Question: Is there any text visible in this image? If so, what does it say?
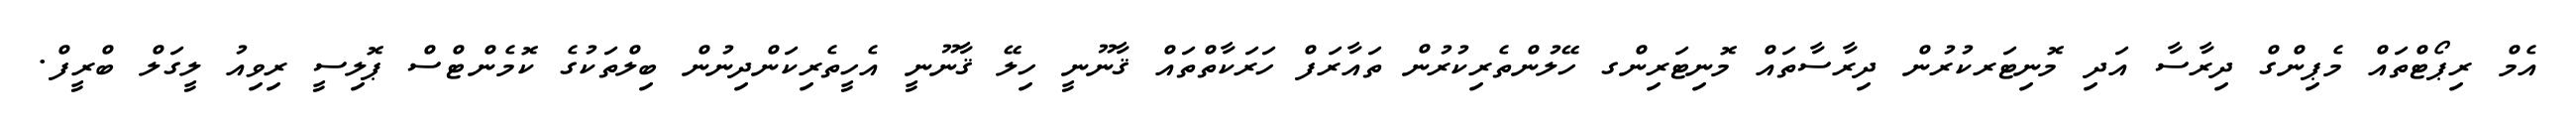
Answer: އެމް ރިޕޯޓްތައް މެޕިންގް ދިރާސާ އަދި މޮނިޓަރކުރުން ދިރާސާތައް މޮނިޓަރިންގ ހޭލުންތެރިކުރުން ތައާރަފް ހަރަކާތްތައް ޤާނޫނީ ހިލޭ ޤާނޫނީ އެހީތެރިކަންދިނުން ބިލްތަކުގެ ކޮމެންޓްސް ޕޮލިސީ ރިވިއު ލީގަލް ބްރީފް.